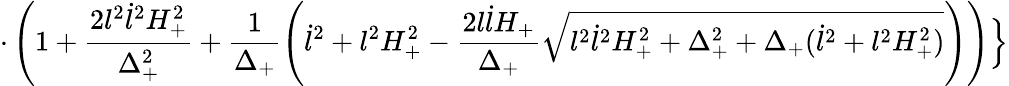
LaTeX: \cdot\left(1+\frac{2l^{2}\dot{l}^{2}H_{+}^{2}}{\Delta_{+}^{2}}+\frac{1}{\Delta_{+}}\left(\dot{l}^{2}+l^{2}H_{+}^{2}-\frac{2l\dot{l}H_{+}}{\Delta_{+}}\sqrt{l^{2}\dot{l}^{2}H_{+}^{2}+\Delta_{+}^{2}+\Delta_{+}(\dot{l}^{2}+l^{2}H_{+}^{2})}\right)\right)\Bigr\}